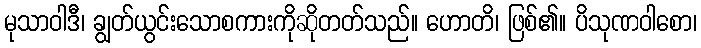
မုသာဝါဒီ၊ ချွတ်ယွင်းသောစကားကိုဆိုတတ်သည်။ ဟောတိ၊ ဖြစ်၏။ ပိသုဏဝါစော၊